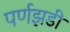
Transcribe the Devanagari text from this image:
पर्णझडी